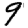
Digit: 9